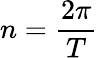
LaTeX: n={\frac{2\pi}{T}}